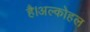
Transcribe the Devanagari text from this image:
है।अल्कोहल